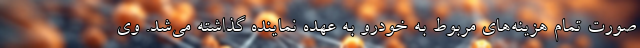
صورت تمام هزینه‌های مربوط به خودرو به عهده نماینده گذاشته می‌شد. وی